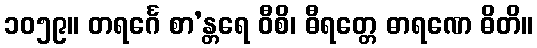
၁၀၅၉။ တရင်္ဂေ စာ’န္တရေ ဝီစိ၊ ဓီရတ္တေ ဓာရဏေ ဓိတိ။